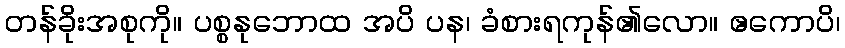
တန်ခိုးအစုကို။ ပစ္စနုဘောထ အပိ ပန၊ ခံစားရကုန်၏လော။ ဧကောပိ၊